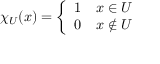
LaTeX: \chi _ { U } ( x ) = { \left\{ \begin{array} { l l } { 1 } & { x \in U } \\ { 0 } & { x \not \in U } \end{array} \right. }